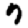
Digit: 7